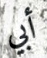
أبي